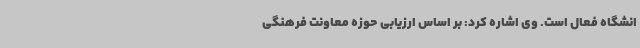
انشگاه فعال است. وی اشاره کرد: بر اساس ارزیابی حوزه معاونت فرهنگی